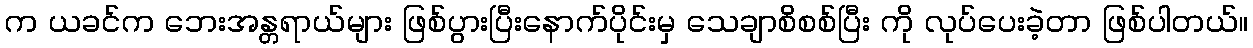
က ယခင်က ဘေးအန္တရာယ်များ ဖြစ်ပွားပြီးနောက်ပိုင်းမှ သေချာစိစစ်ပြီး ကို လုပ်ပေးခဲ့တာ ဖြစ်ပါတယ်။